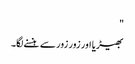
"
بھیڑیا اور زور زور سے ہنسنے لگا۔